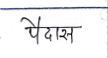
मजकूर: पैदास